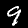
Digit: 9